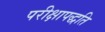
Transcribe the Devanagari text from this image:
परीक्षापद्धति